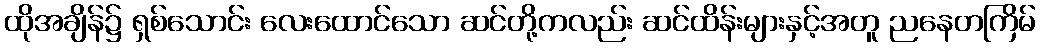
ထိုအချိန်၌ ရှစ်သောင်း လေးထောင်သော ဆင်တို့ကလည်း ဆင်ထိန်းများနှင့်အတူ ညနေတကြိမ်